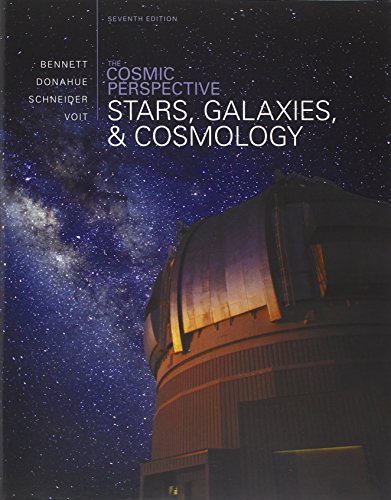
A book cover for The Cosmic Perspective: Stars and Galaxies (7th Edition); Jeffrey O. Bennett; Science & Math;